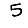
Digit: 5